Document type: Dowry
Year: 1238
Scribe: Berenguer Jaume
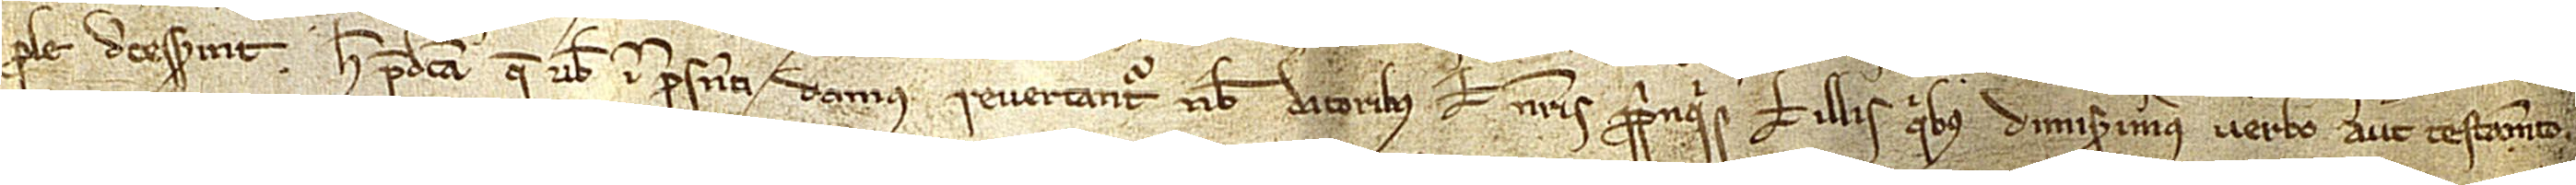
prole decesserint, hec predicta que vobis in presenti damus revertantur nobis datoribus vel nostris propinquis vel illis quibus dimiserimus verbo aut testamento